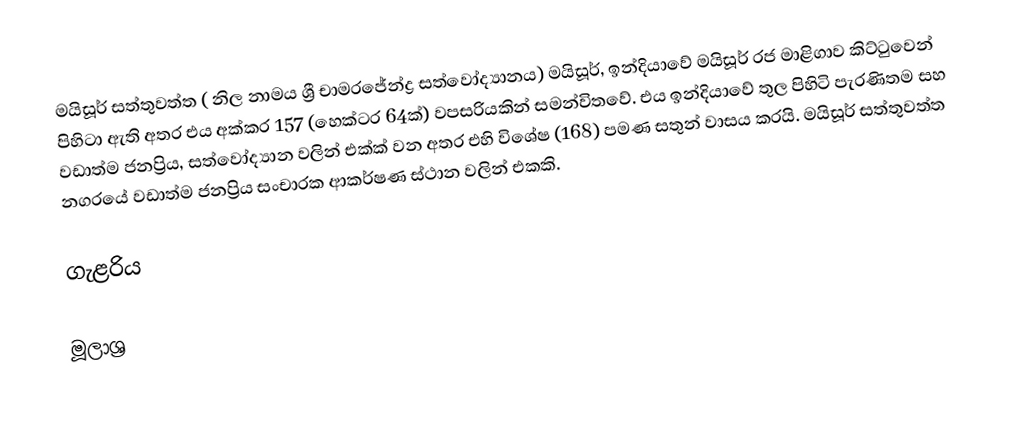
මයිසූර් සත්තුවත්ත ( නිල නාමය ශ්‍රී චාමරජේන්ද්‍ර සත්වෝද්‍යානය) මයිසූර්, ඉන්දියාවේ මයිසූර් රජ මාළිගාව කිට්ටුවෙන් පිහිටා ඇති අතර එය අක්කර 157 (හෙක්ටර 64ක්) වපසරියකින් සමන්විතවේ. එය ඉන්දියාවේ තුල පිහිටි පැරණිතම සහ වඩාත්ම ජනප්‍රිය, සත්වෝද්‍යාන වලින් එක්ක් වන අතර එහි විශේෂ (168) පමණ සතුන් වාසය කරයි. මයිසූර් සත්තුවත්ත නගරයේ වඩාත්ම ජනප්‍රිය සංචාරක ආකර්ෂණ ස්ථාන වලින් එකකි.

ගැළරිය

මූලාශ්‍ර